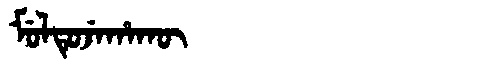
Manchu: ᠮᡠᠯᡨᡠᠵᡝᡥᠠᡴᡡ
Romanization: MULTUJEHAKŪ